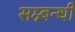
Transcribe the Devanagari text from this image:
सम्न्बन्धी